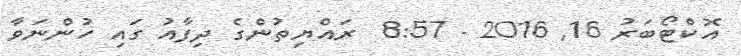
އޮކްޓޯބަރު 16